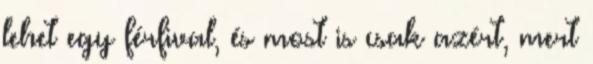
lehet egy férfival, és most is csak azért, mert